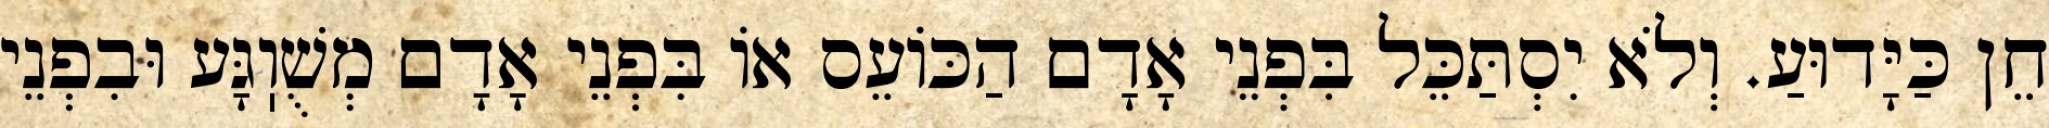
חֵן כַּיָּדוּעַ. וְלֹא יִסְתַּכֵּל בִּפְנֵי אָדָם הַכּוֹעֵס אוֹ בִּפְנֵי אָדָם מְשֻׁוֽגָּע וּבִפְנֵי